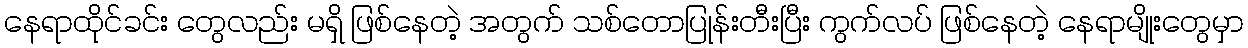
နေရာထိုင်ခင်း တွေလည်း မရှိ ဖြစ်နေတဲ့ အတွက် သစ်တောပြုန်းတီးပြီး ကွက်လပ် ဖြစ်နေတဲ့ နေရာမျိုးတွေမှာ